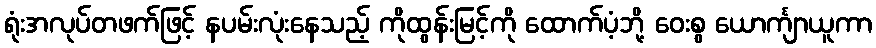
ရုံးအလုပ်တဖက်ဖြင့် နပမ်းလုံးနေသည့် ကိုထွန်းမြင့်ကို ထောက်ပံ့ဘို့ ဝေးစွ ယောင်္ကျာယူကာ